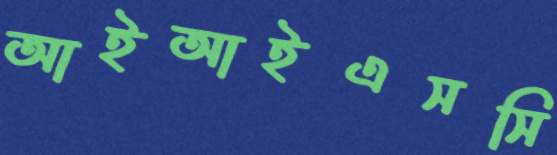
আইআইএসসি